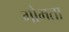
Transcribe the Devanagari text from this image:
गोमता